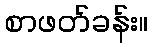
စာဖတ်ခန်း။